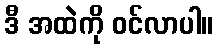
ဒီ အထဲကို ဝင်လာပါ။